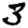
Digit: 3